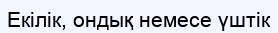
Екілік, ондық немесе үштік